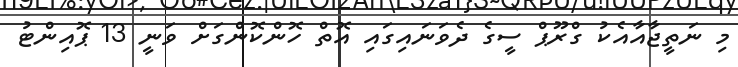
މި ނަތީޖާއާއެކު ގްރޫޕް ސީގެ ދެވަނައިގައި އޮތް ހޮންކޮންގަށް ވަނީ 13 ޕޮއިންޓު